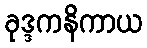
ခုဒ္ဒကနိကာယ